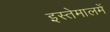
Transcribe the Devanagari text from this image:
इस्तेमालमें